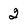
Character: 2